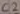
Text: C2